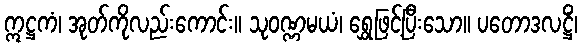
ဣဋ္ဌကံ၊ အုတ်ကိုလည်းကောင်း။ သုဝဏ္ဏမယံ၊ ရွှေဖြင့်ပြီးသော။ ပတောဒလဋ္ဌိံ၊